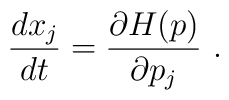
\frac{dx_{j}}{dt}=\frac{\partial H(p)}{\partial p_{j}}~.